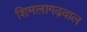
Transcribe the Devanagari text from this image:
शिमलागढ़वाल